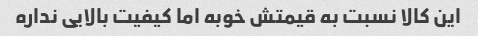
این کالا نسبت به قیمتش خوبه اما کیفیت بالایی نداره